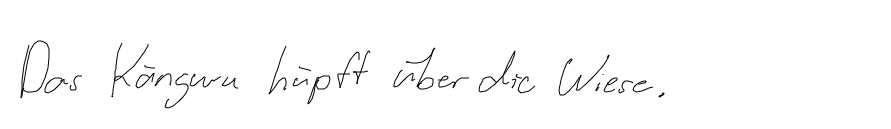
Das Känguru hüpft über die Wiese.